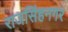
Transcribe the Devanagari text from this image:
राजसिंहनगर